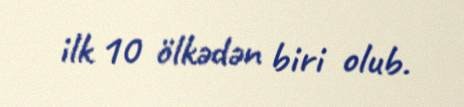
ilk 10 ölkədən biri olub.